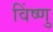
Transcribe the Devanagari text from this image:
विंष्णु